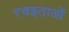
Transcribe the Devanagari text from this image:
रचइताओं